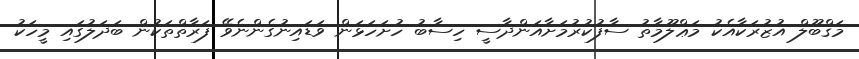
މަޤްބޫލް އުޒުރަކާއެކު މަޢްލޫމާތު ސާފުކުރުމަށާއަންދާސީ ހިސާބު ހުށަހަޅަން ވަޑައިނުގެންނެވޭ ފަރާތްތަކުން ބަދަލުގައި މީހަކު